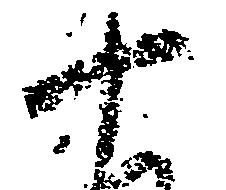
十